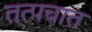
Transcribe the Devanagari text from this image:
तत्पचात